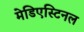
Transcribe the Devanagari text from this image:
मेडिएस्टिनल